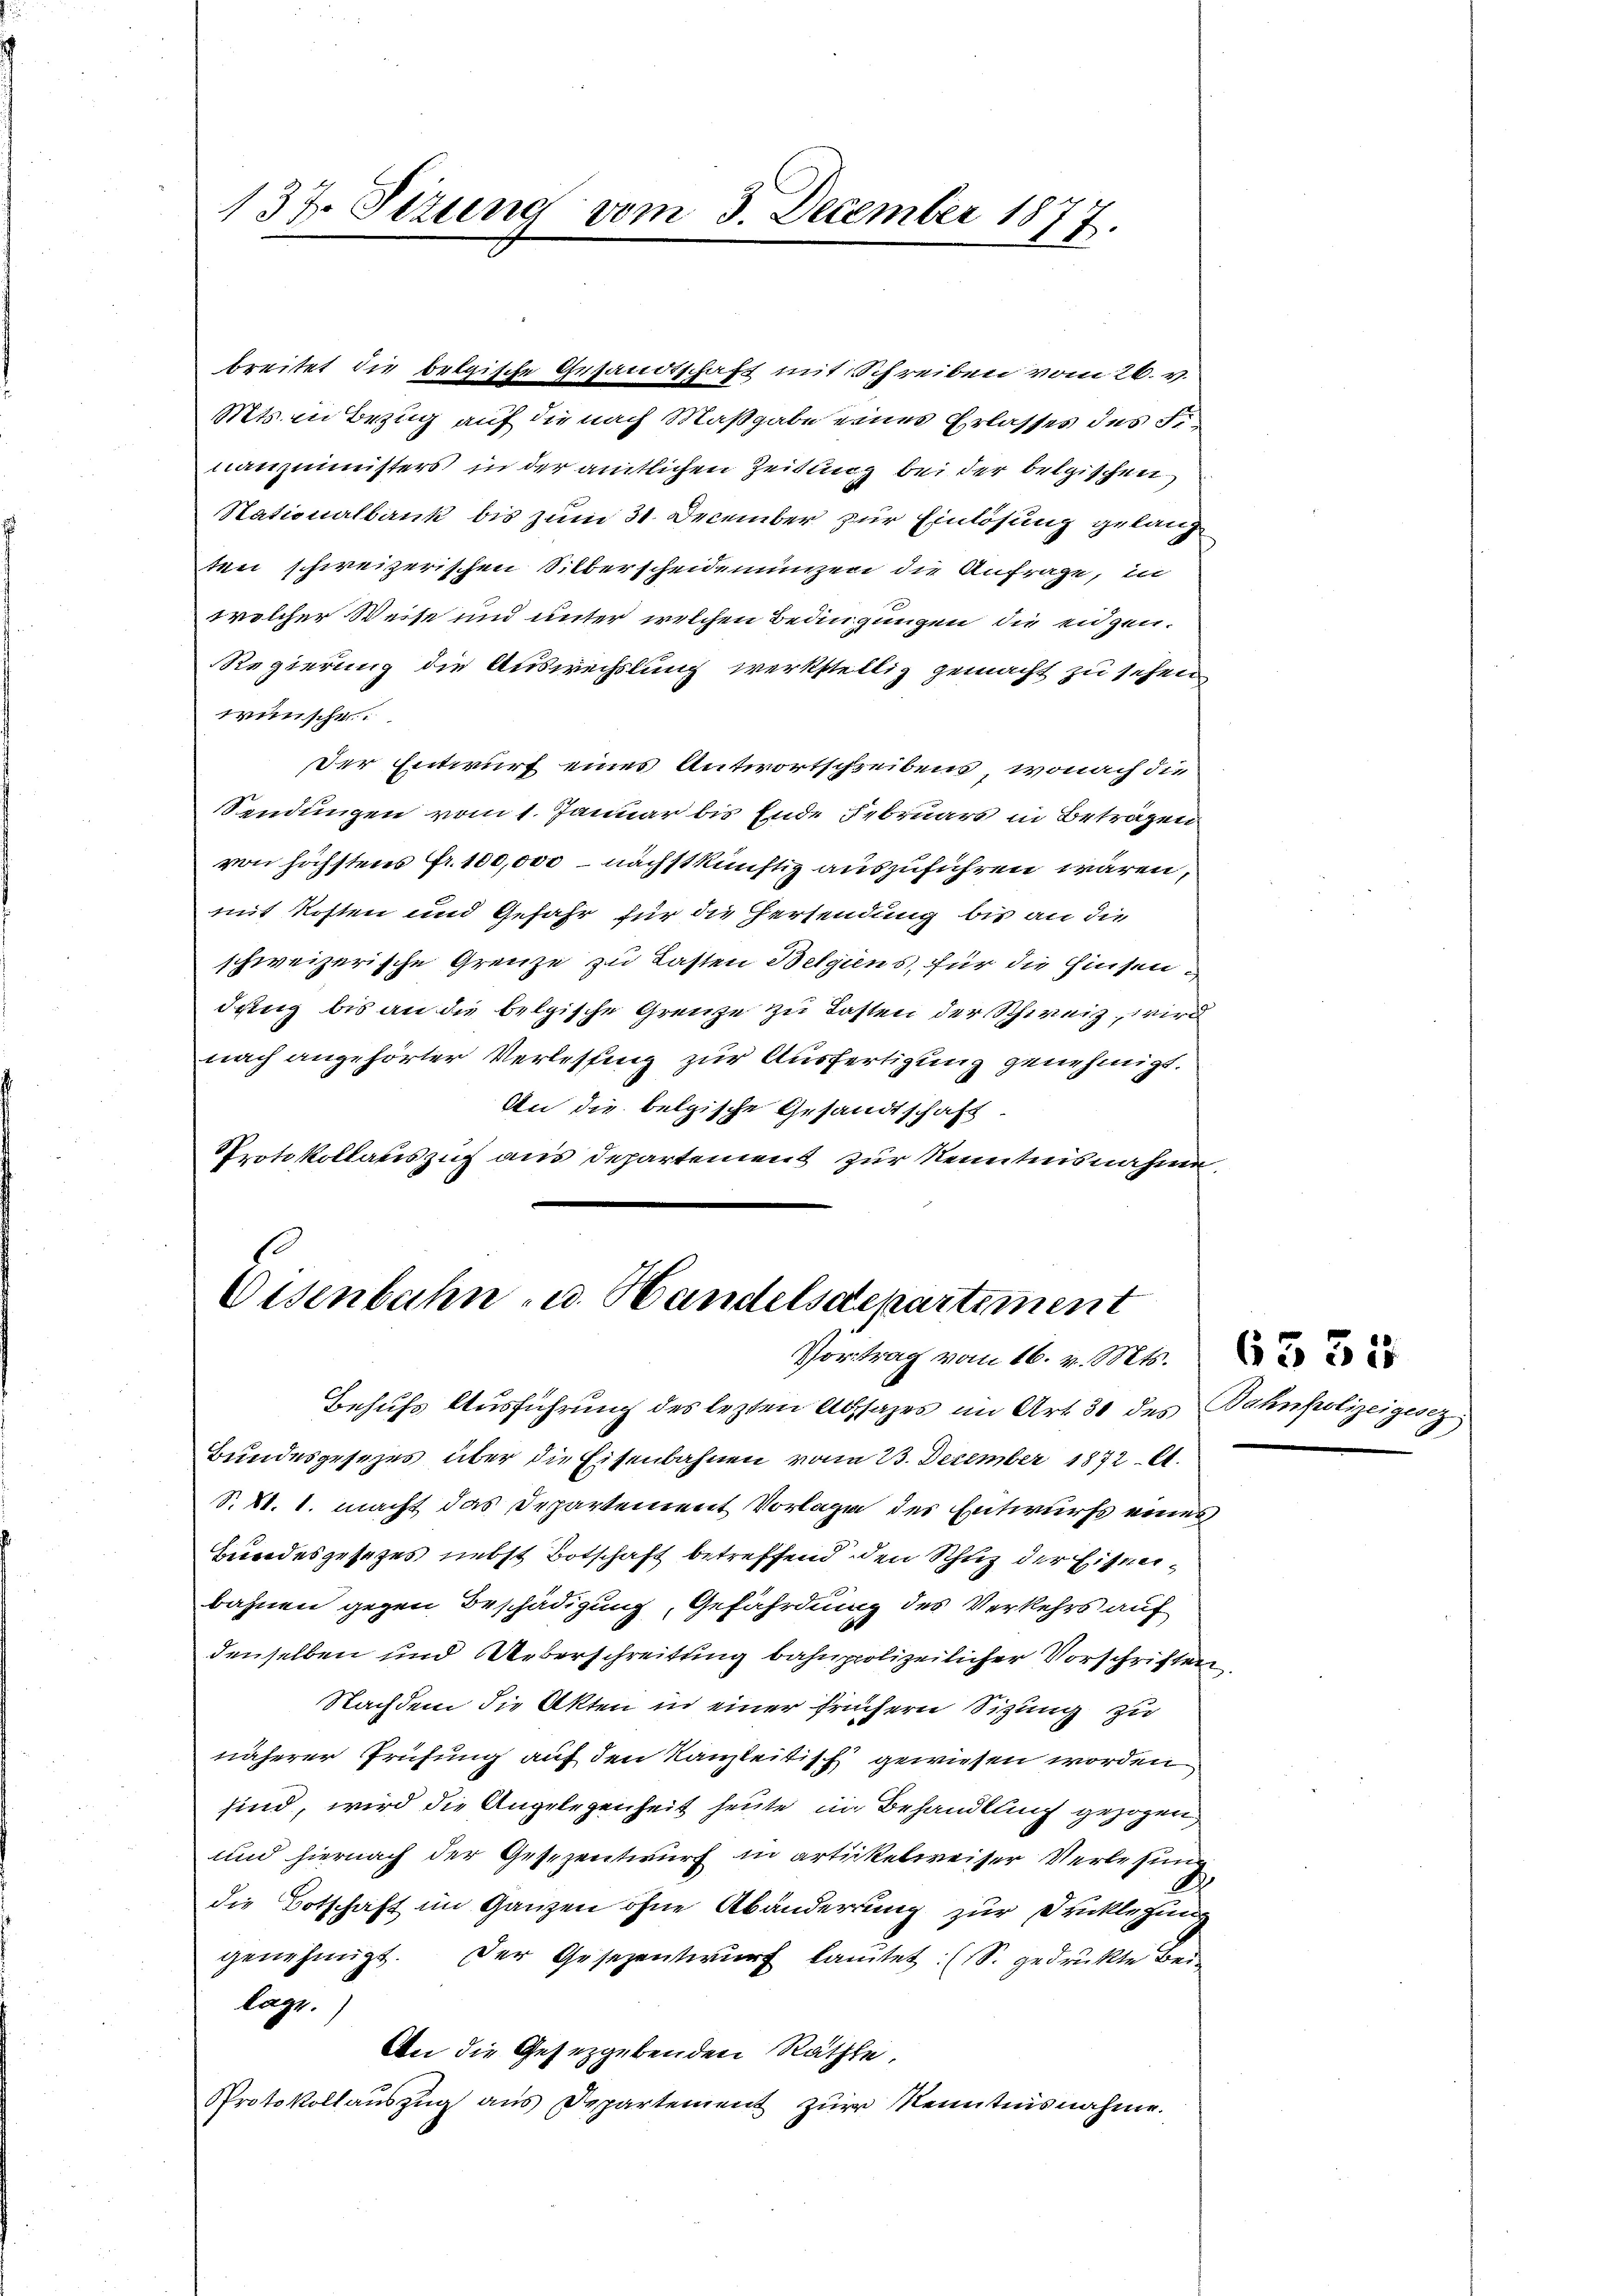
137. Sizung vom 3. December 187
18.

breitet die belgische Gesandtschaft mit Schreiben vom 26.
Mtsein Bezug auf die nach Maßgabe eines Erlasses des Fr
nanzministers in der amtlichen Zeitung bei der belgischen
Stationalbank bis zum 31. December zur Einlösung gelangten schweizerischen Silberscheidenungen die Anfrage, in
welcher Weise und unter welchen Bedingungen die eidgen.
Regierung die Auswechslung werkstellig gemacht zu sehen
wünsche
Der Entwurf eines Antwortschreibens, wonach die
Sendungen vom 1. Januar bis Ende Februars in Beträgen
von höchstens Fr. 100,000 – nächstkünftig auszuführen wären,
mit Kosten und Gefahr für die Versendung bis an die
schweizerische Grenze zu Lasten Belgiens, für die Zinsendring bis an die belgische Grenze zu Lasten der Schweiz, wird
nach angehörter Verlesung zur Ausfertigung genehmigt.
An die belgische Gesandtschaft.
Protokollauszug aus Departement zur Kenntnisnahme.

Eisenbahn - u. Handelsdepartement
Vortrag vom 16. v. Mts.

Behufs Ausführung des lezten Absages im Art. 30 des Bahnpolizeigesez
Bundesgesezes über die Eisenbahnen vom 23. Dezember 1872 A
S. S. 1. macht das Departement Vorlage des Entwurfs eines
Beoodesgesetzes nebst Botschaft betreffend den Schuz der Eisenbahnen gegen Beschädigung, Gefährdung des Verkehrs auf
denselben und Ueberschreitung bahnpolizeilicher Vorschriften
Nachdem die Akten in einer frühern Sizung zu
näherer Prüfung auf den Kanzleitisch gewiesen worden
sind, wird die Angelegenheit heute in Behandlung gezogen,
und hiernach der Gesezentwurf in artikelweiser Verlesung
die Botschaft im Ganzen ohne Abänderrung zur Fricklegun
genehmigt. Der Gesezentwurf lautet: (S. gedruckte Bei
lage.
An die Gesetzgebenden Räthte,
Protokollauszug aus Departement zur Kenntnisnahme.